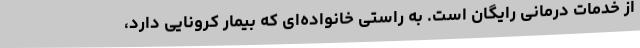
از خدمات درمانی رایگان است. به راستی خانواده‌ای که بیمار کرونایی دارد،